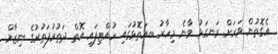
އެގޮތުން ވަރަށް ރަނގަޅު ވާނެ މިހާރު ބ.އަތޮޅުގައި ހުއްޓިފައި އޮތް ދަތުރުފަތުރުގެ ނިޒާމް